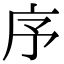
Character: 序